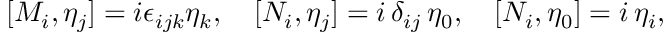
[ M _ { i } , \eta _ { j } ] = i \epsilon _ { i j k } \eta _ { k } , \quad [ N _ { i } , \eta _ { j } ] = i \, \delta _ { i j } \, \eta _ { 0 } , \quad [ N _ { i } , \eta _ { 0 } ] = i \, \eta _ { i } ,